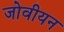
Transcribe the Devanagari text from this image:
जोवीयन